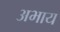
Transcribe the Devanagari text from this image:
अभाय